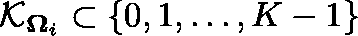
\mathcal { K } _ { \mathbf { \Omega } _ { i } } \subset \{ 0 , 1 , \ldots , K - 1 \}